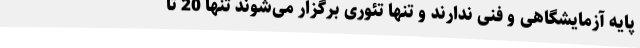
پایه آزمایشگاهی و فنی ندارند و تنها تئوری برگزار می‌شوند تنها 20 تا